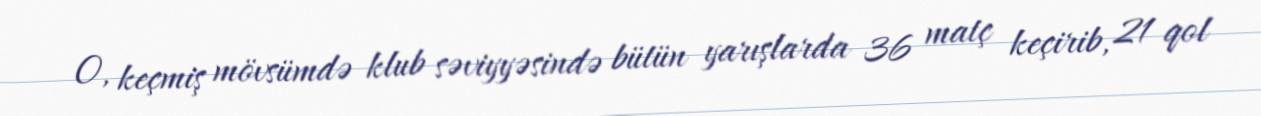
O, keçmiş mövsümdə klub səviyyəsində bütün yarışlarda 36 matç keçirib, 21 qol